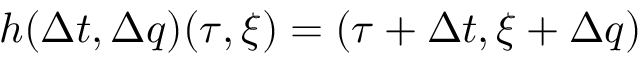
h ( \Delta t , \Delta q ) ( \tau , \xi ) = ( \tau + \Delta t , \xi + \Delta q )